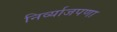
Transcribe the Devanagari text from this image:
निर्व्याजपणा